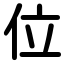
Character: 位